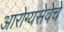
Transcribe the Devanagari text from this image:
आरोग्यसेवेचे